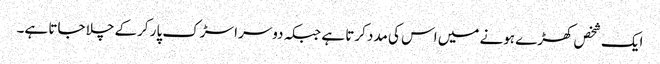
ایک شخص کھڑے ہونے میں اس کی مدد کرتا ہے جبکہ دوسرا سڑک پار کرکے چلا جاتا ہے۔